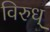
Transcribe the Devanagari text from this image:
विरुध्